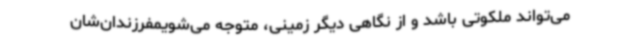
می‌تواند ملکوتی باشد و از نگاهی دیگر زمینی، متوجه می‌شویمفرزندان‌شان